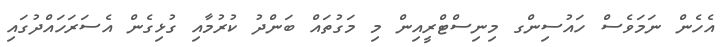
އެހެން ނަމަވެސް ހައުސިންގ މިނިސްޓްރީއިން މި މަގުތައް ބަންދު ކުރުމާއި ގުޅިގެން އެސަރަހައްދުގައި